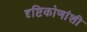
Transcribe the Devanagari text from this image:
दृष्टिकोणांशी